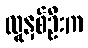
လူနှစ်ဦးက